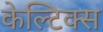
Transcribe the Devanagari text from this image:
केल्टिक्स